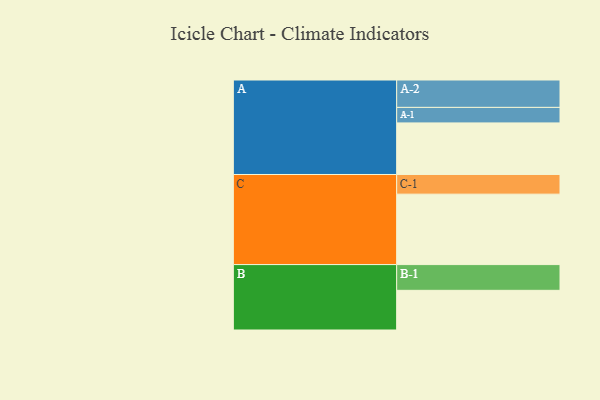
{"axis": {"x": "Segment", "y": "Value"}, "legend": ["", "A", "B", "C"], "data": [{"x": "A", "y": 399, "type": ""}, {"x": "B", "y": 307, "type": ""}, {"x": "C", "y": 545, "type": ""}, {"x": "A-1", "y": 120, "type": "A"}, {"x": "A-2", "y": 212, "type": "A"}, {"x": "B-1", "y": 199, "type": "B"}, {"x": "C-1", "y": 152, "type": "C"}]}